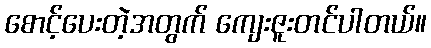
စောင့်ပေးတဲ့အတွက် ကျေးဇူးတင်ပါတယ်။